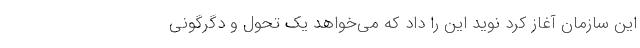
این سازمان آغاز کرد نوید این را داد که می‌خواهد یک تحول و دگرگونی